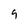
Character: 9